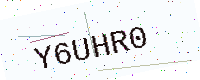
Text: Y6UHR0